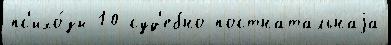
пс'ихо́зы 10 суд'ебно постнатальнаjа